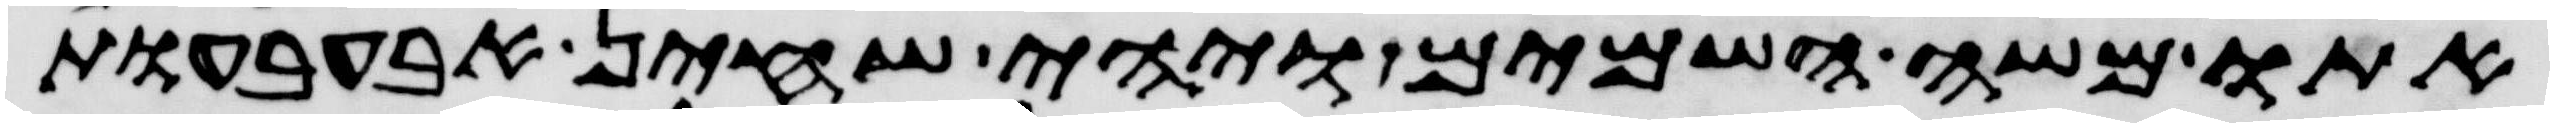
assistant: אתו משה השמים ויהי שחין אבעבעות